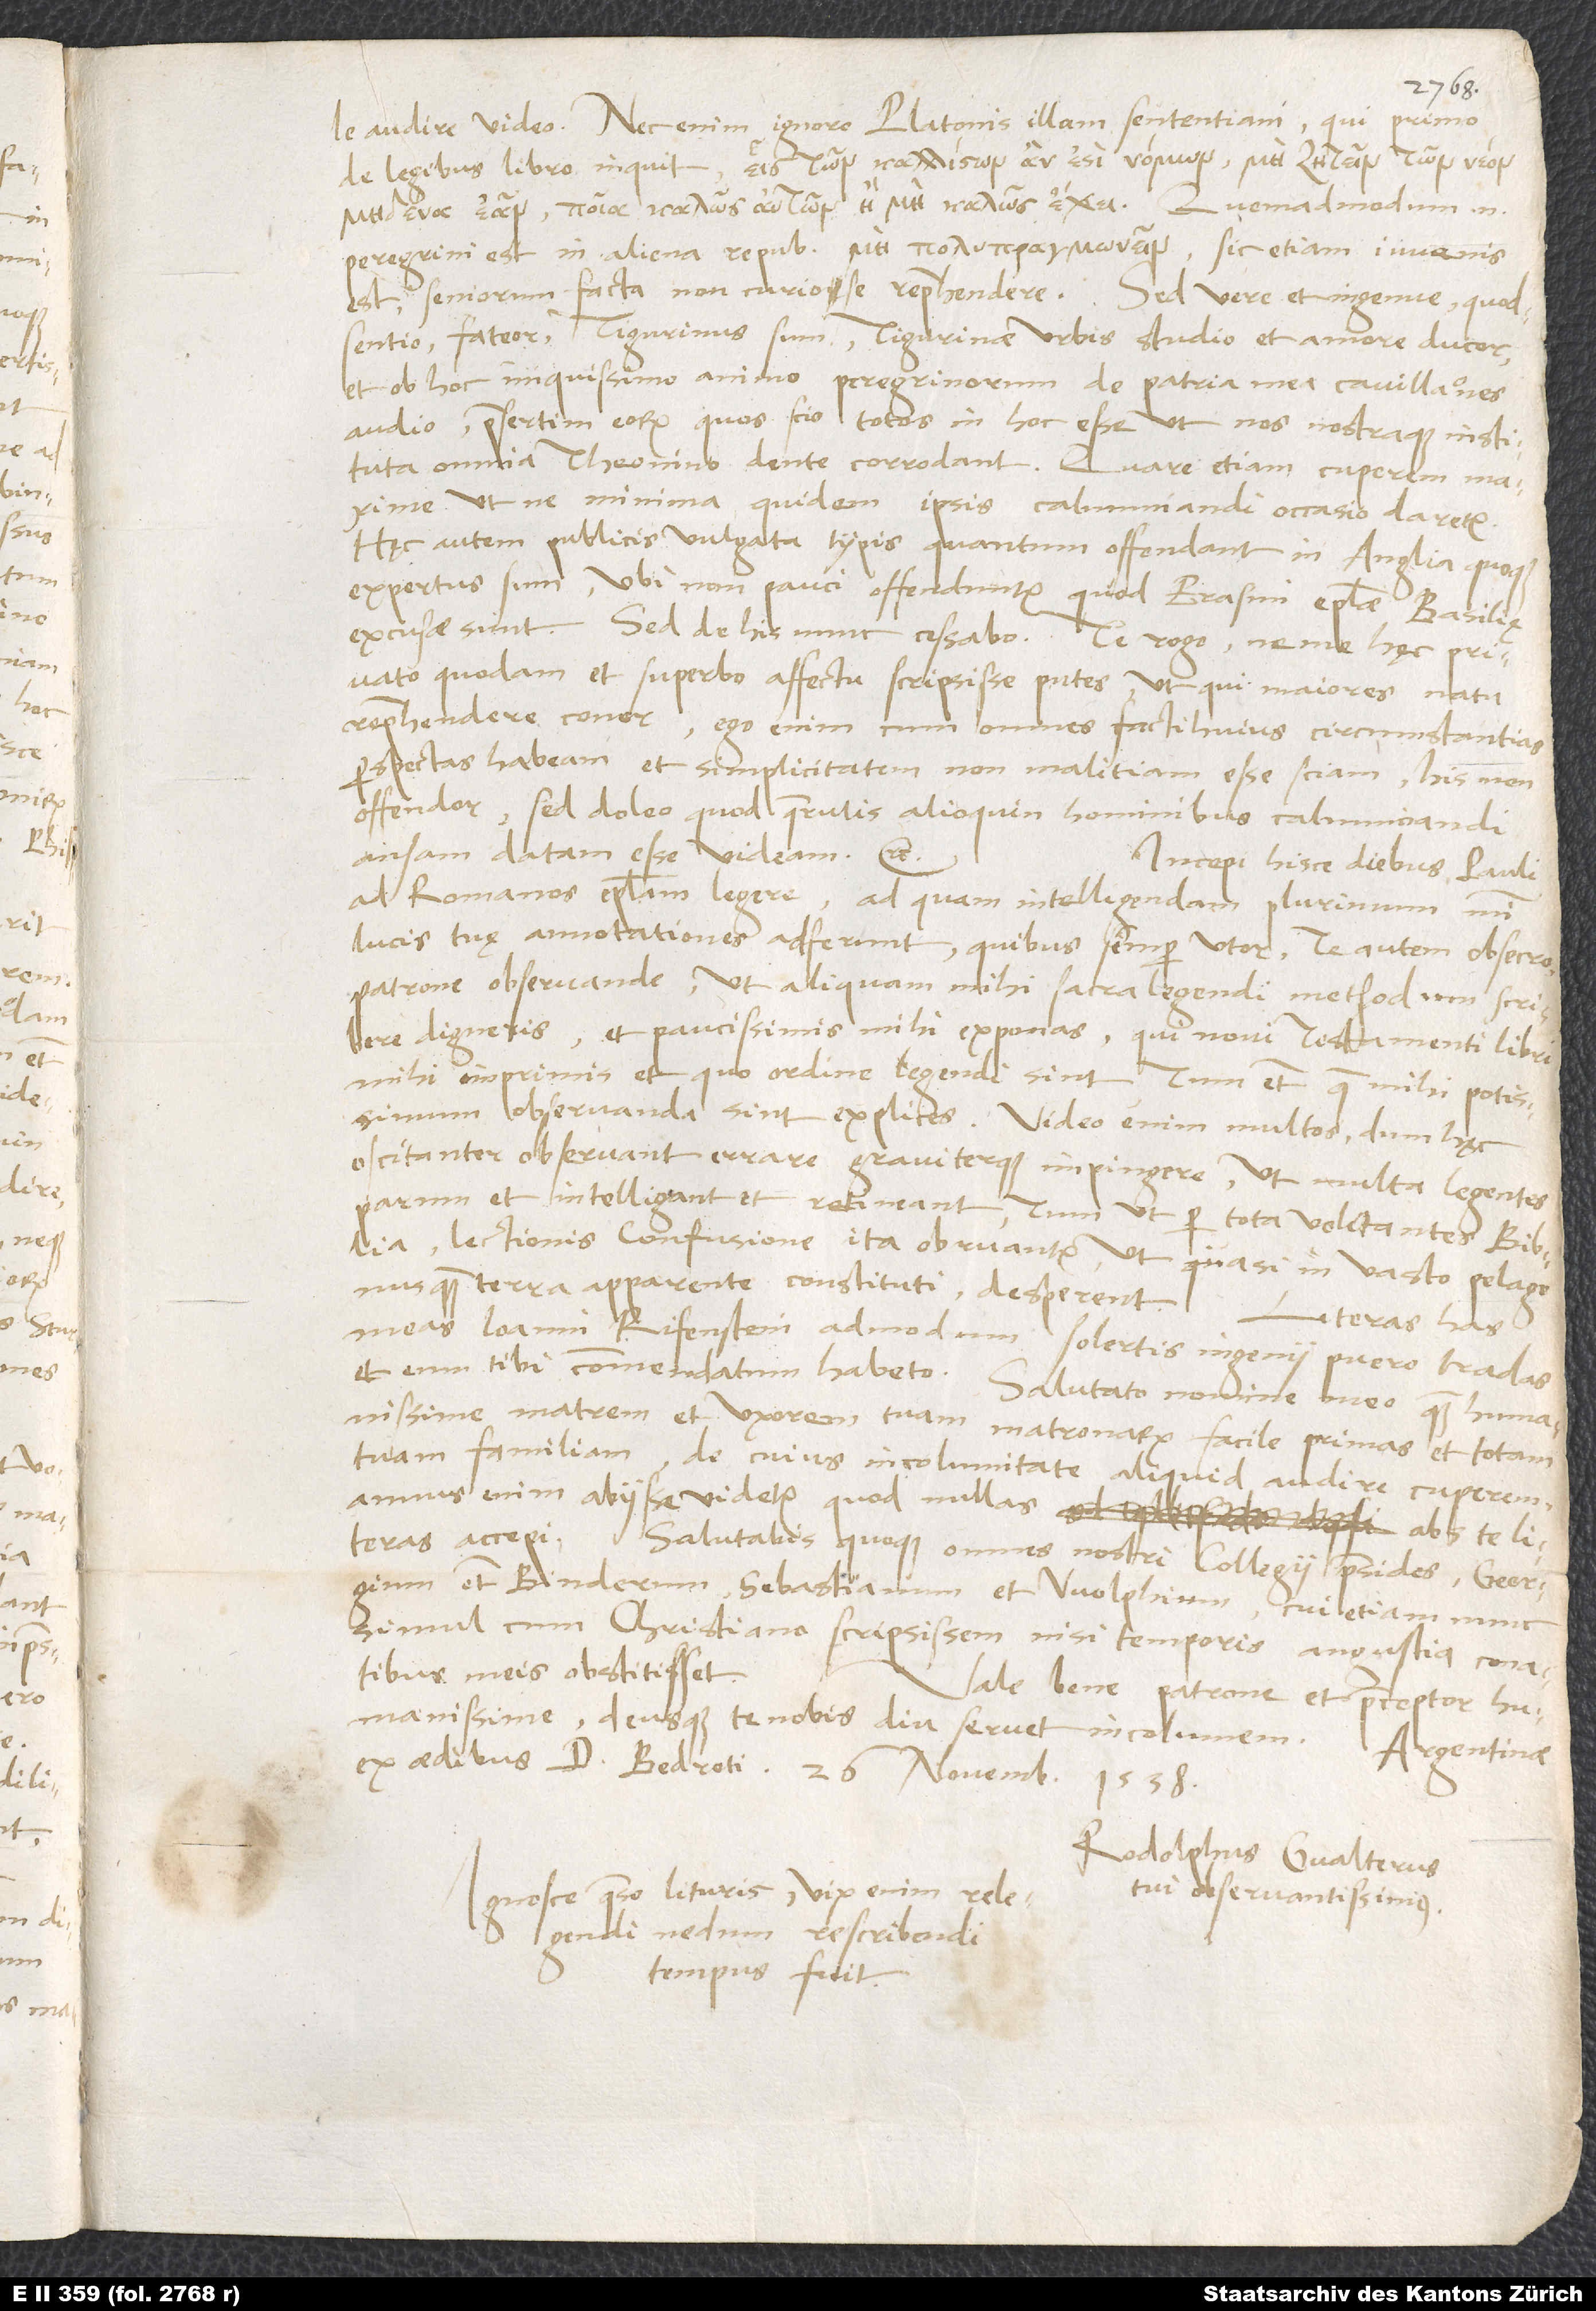
e audire video. Nec enim ignoro Platonis illam sententiam, qui primo
de legibus libro inquit:
Quemadmodum enim
peregrini est in aliena republica , sic etiam iuvenis
est seniorum facta non curiose reprehendere. Sed vere et ingenue, quod
sentio, fateor: Tigurinus sum, Tigurinae urbis studio et amore ducor,
et ob hoc iniquissimo animo peregrinorum de patria mea cavillationes
audio, praesertim eorum, quos scio totos in hoc esse, ut nos nostraque instituta
omnia Theonino dente corrodant. Quare etiam cuperem maxime,
ut ne minima quidem ipsis calumniandi occasio daretur.
Hęc autem publicis vulgata typis quantum offendant, in Anglia quoque
expertus sum, ubi non pauci offenduntur, quod Erasmi epistolae Basileę
excusae sunt. Sed de his nunc cessabo. Te rogo, ne me hęc privato
quodam et superbo affectu scripsisse putes, ut qui maiores natu
reprehendere coner; ego enim, cum omnes facti huius circumstantias
perspectas habeam et simplicitatem, non malitiam esse sciam, his non
offendor, sed doleo, quod querulis alioquin hominibus calumniandi
ansam datam esse videam etc.
Incepi hisce diebus Pauli
ad Romanos epistolam legere, ad quam intelligendam plurimum mihi
lucis tuę annotationes adferunt, quibus semper utor. Te autem obsecro,
patrone observande, ut aliquam mihi sacra legendi methodum scribere
digneris et paucissimis mihi exponas, qui novi testamenti libri
mihi imprimis et quo ordine legendi sint, tum etiam, quae mihi potissimum
observanda sint, explices. Video enim multos, dum hęc
oscitanter observant, errare graviterque impingere, ut multa legentes
parum et intelligant et retineant, tum ut per tota volitantes biblia
lectionis confusione ita obruantur, ut quasi in vasto pelago
nusquam terra apparente constituti desperent.
meas Ioanni Rifenstein, admodum solertis ingenii puero, tradas
humanissime matrem et uxorem tuam, matronarum facile primas, et totam
tuam familiam, de cuius incolumitate aliquid audire cuperem;
annus enim abiisse videtur, quod nullas abs te literas
accepi. Salutabis quoque omnes nostri collegii praesides, Georgium
etiam Binderum, Sebastianum et Wolphium, cui etiam nunc
simul cum Christiano scripsissem, nisi temporis angustia conatibus
meis obstitisset.
Vale bene, patrone et praeceptor
humanissime, deusque te nobis diu servet
incolumem.
Argentinae,
ex aedibus d. Bedroti, 26. novembris
1538.
Rodolphus Gvalterus,
Ignosce, quaeso, lituris; vix enim relegendi,
tui observantissimus.
nedum rescribendi
tempus fuit.